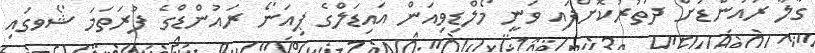
ގާލާ ރައުންޑަށް ދަތުރުކޮށްފައި ވަނީ މޯލްޑިވިއަން އައިޑަލްގެ ޕިއަނޯ ރައުންޑްގެ ފުރަތަމަ ޝޯވގައި